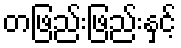
တဖြည်းဖြည်းနှင့်